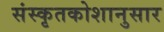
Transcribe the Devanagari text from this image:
संस्कृतकोशानुसार